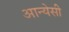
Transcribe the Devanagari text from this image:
आन्येसी